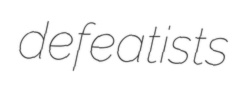
defeatists